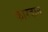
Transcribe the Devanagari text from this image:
कारदान